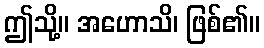
ဤသို့။ အဟောသိ၊ ဖြစ်၏။